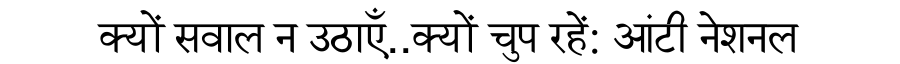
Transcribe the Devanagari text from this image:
क्यों सवाल न उठाएँ..क्यों चुप रहें: आंटी नेशनल